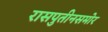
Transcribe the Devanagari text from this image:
रासपुतीनसमोर